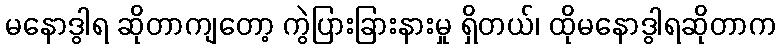
မနောဒွါရ ဆိုတာကျတော့ ကွဲပြားခြားနားမှု ရှိတယ်၊ ထိုမနောဒွါရဆိုတာက